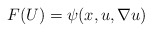
\begin{align*}F (U) = \psi (x, u, \nabla u)\end{align*}